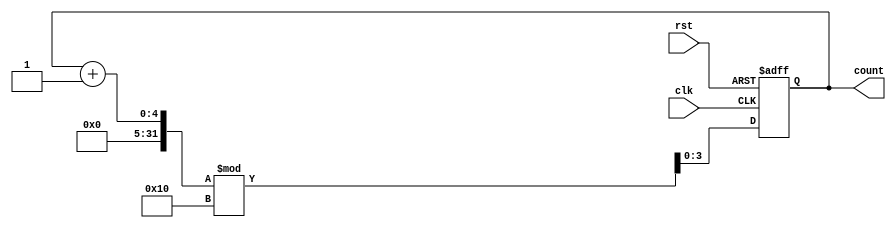
module binary_counter (
    input wire clk,         // Clock input
    input wire rst,         // Asynchronous reset
    output reg [3:0] count  // 4-bit output for the counter
);

// Always block for state transition
always @(posedge clk or posedge rst) begin
    if (rst) begin
        count <= 4'b0000; // Reset the counter to 0
    end else begin
        count <= (count + 1) % 16; // Increment the counter, wrap around at 16
    end
end

endmodule